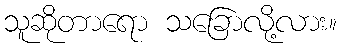
သူဆိုတာရော သခြောလို့လား။